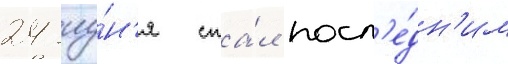
24 иу́н'я ста́л посл'е́дн'им